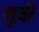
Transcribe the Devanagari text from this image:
गुझे